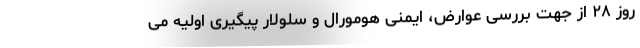
روز ۲۸ از جهت بررسی عوارض، ایمنی هومورال و سلولار پیگیری اولیه می